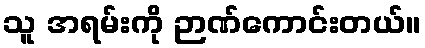
သူ အရမ်းကို ဉာဏ်ကောင်းတယ်။